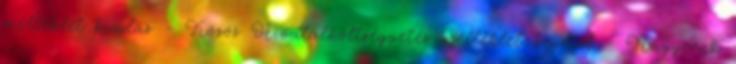
melléklet kiadás - Közös Hivatalköltségvetés melléklet bevétel - Nagycenk